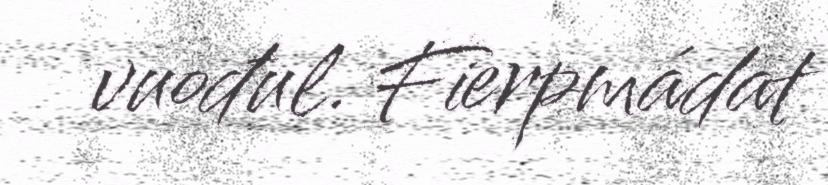
vuođul. Fierpmádat